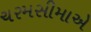
ચરમસીમાએ